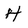
Character: H